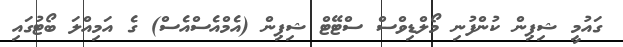
ގައުމީ ޝިޕިން ކުންފުނި މޯލްޑިވްސް ސްޓޭޓް ޝިޕިން (އެމްއެސްއެސް) ގެ އަމިއްލަ ބޯޓުގައި